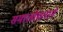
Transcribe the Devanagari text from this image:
समालोचनाने